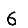
Digit: 6